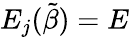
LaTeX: E_{j}(\tilde{\beta})=E